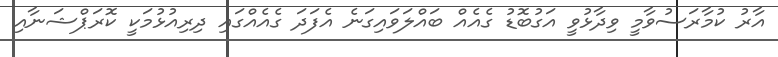
އާރު ކުމާރަސުވާމީ ވިދާޅުވީ އަގުބޮޑު ގެއެއް ބައްލަވައިގަނެ އެފަދަ ގެއެއްގައި ދިރިއުޅުމަކީ ކޮރަޕްޝަނާއި